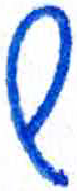
אות: ש